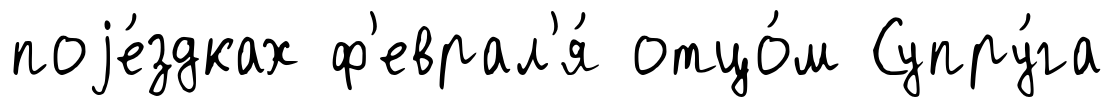
поjе́здках ф'еврал'я́ отцо́м Супру́га